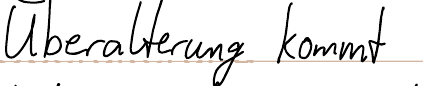
Überalterung kommt